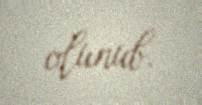
olunub.